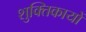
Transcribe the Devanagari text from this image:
शुक्तिकायों